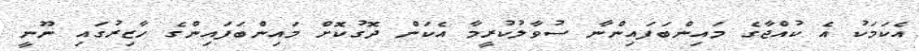
އެކަމަކު އެ ކުއްޖާގެ މައިންބަފައިންނާ ސުވާލުކުރީމާ އެކަން ދޮގުކޮށް މައިންބަފައިންގެ ހާޒިރުގައި ނޫނީ